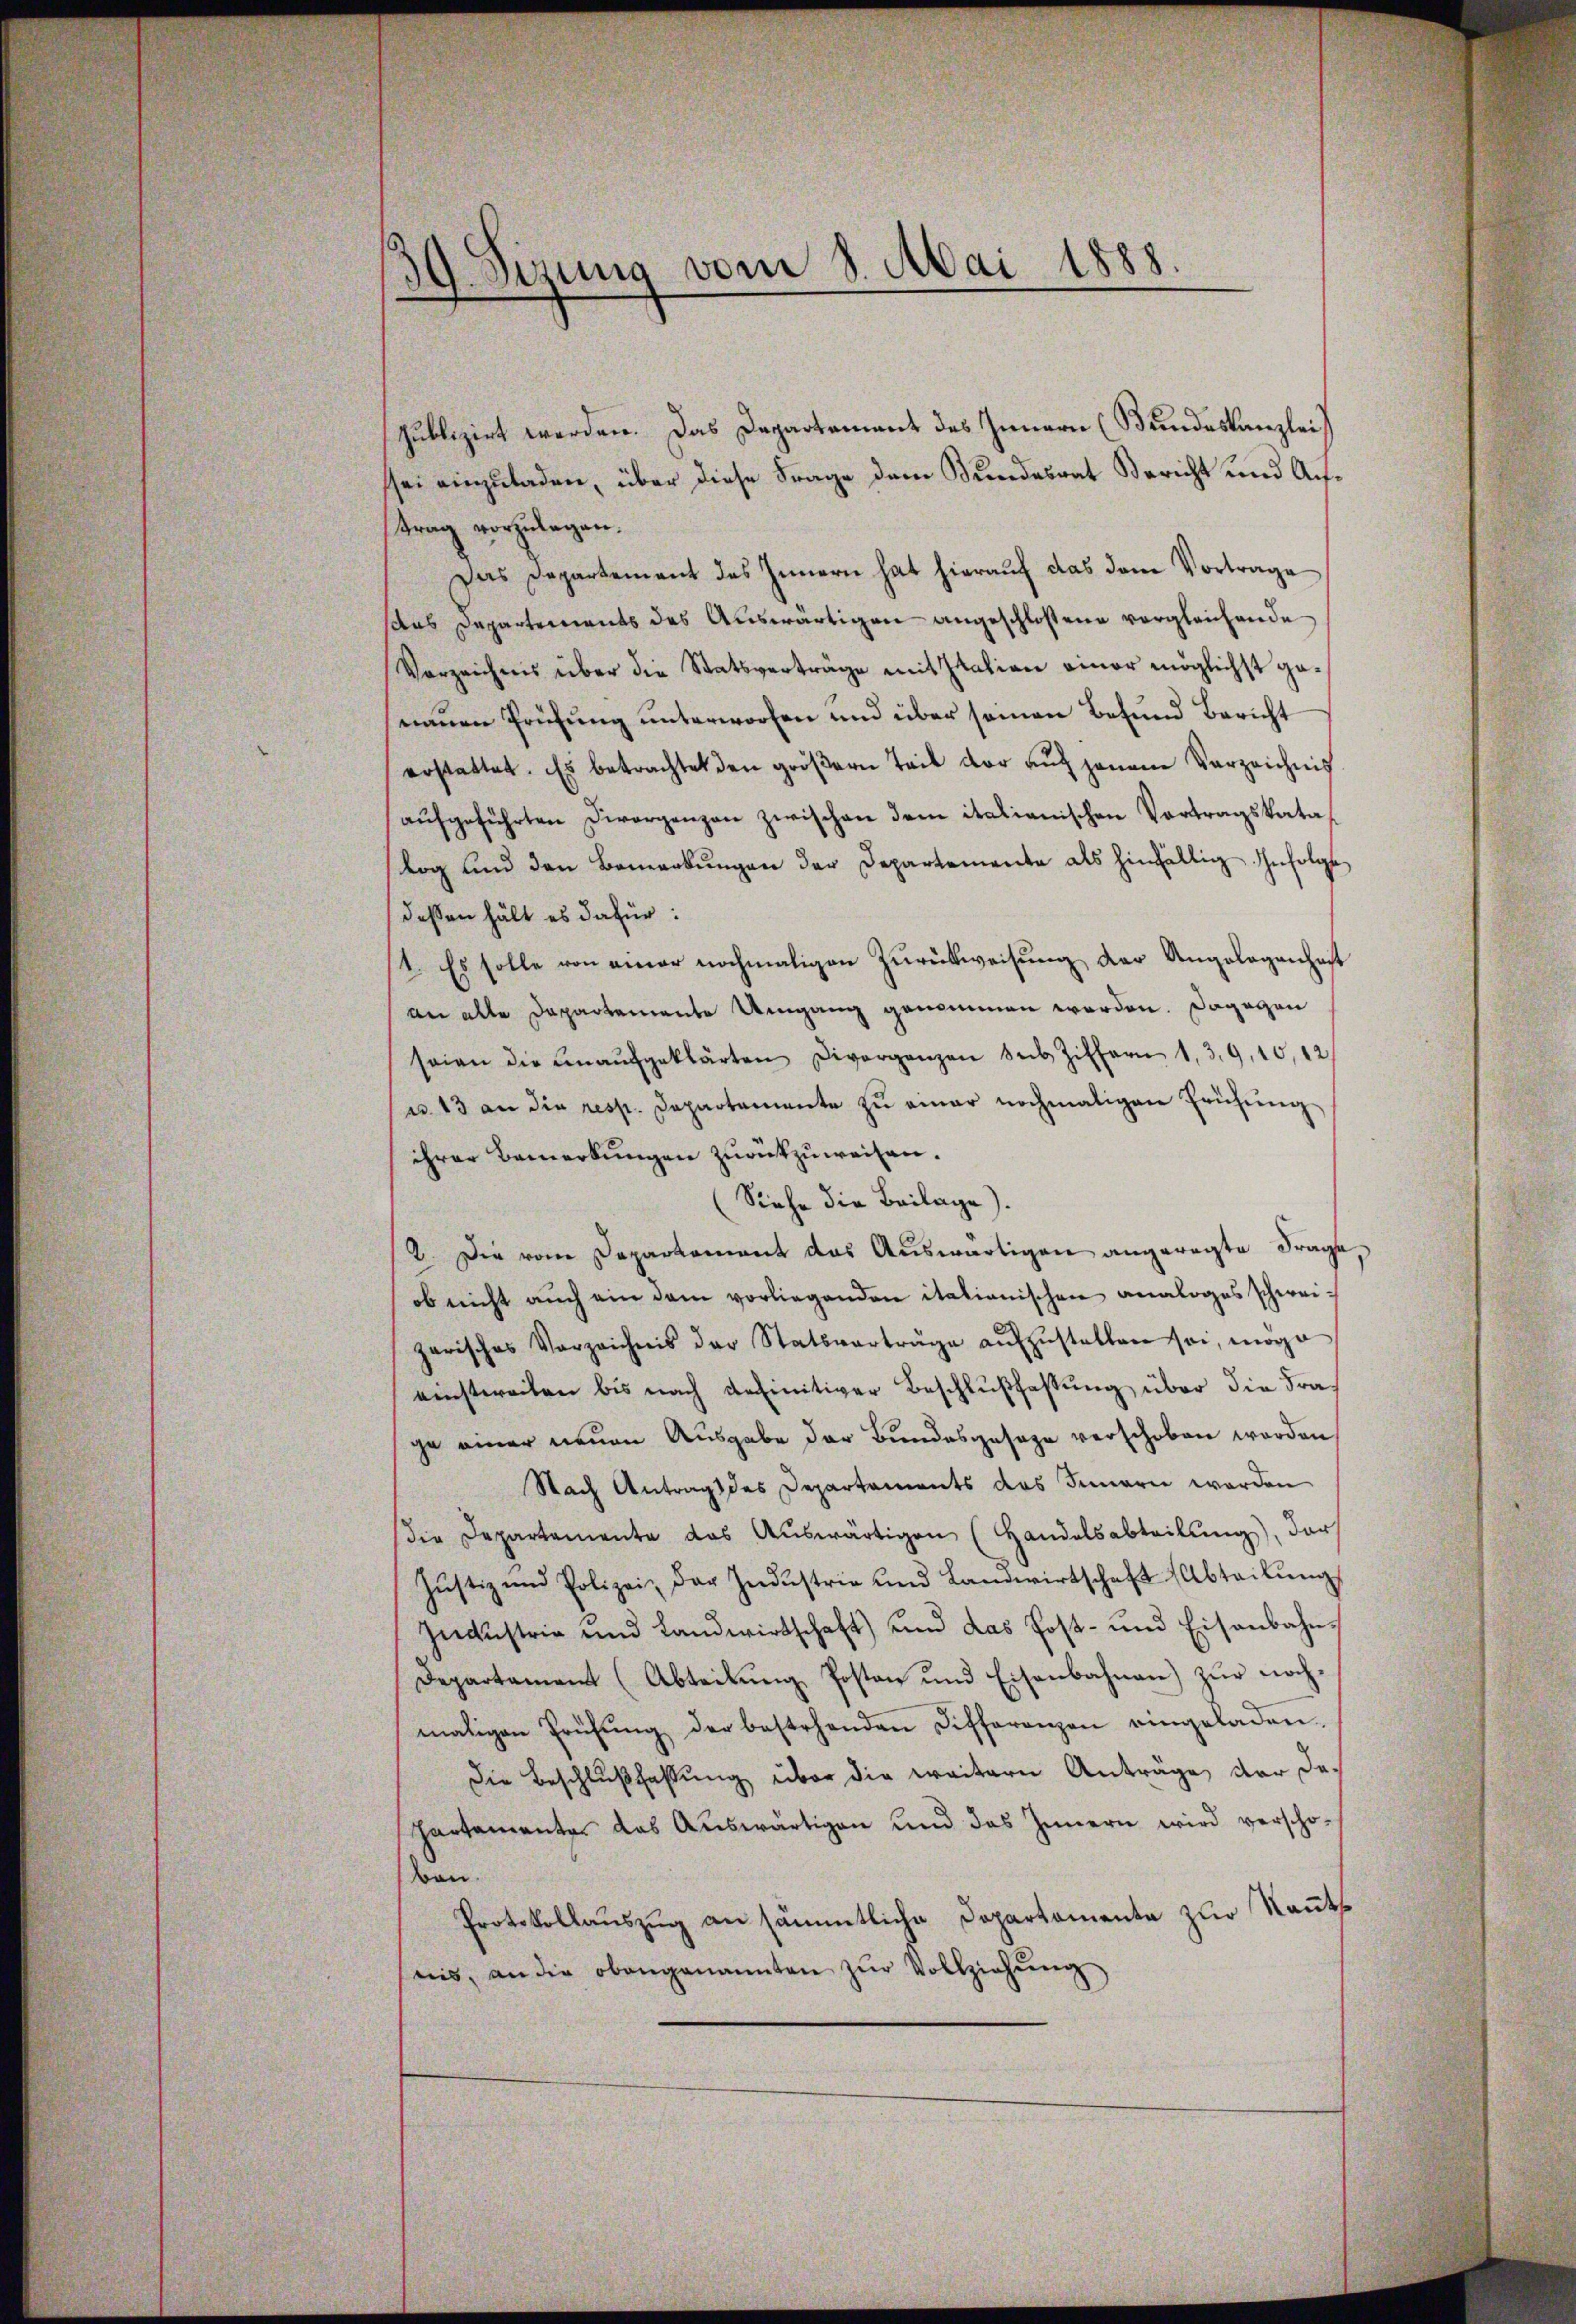
19. Sitzung vom 8. Mai 1888.
d

Publizirt werden. Das Departement des Innern (Bundeskanzlei,
sei einzuladen, über diese Frage dem Bundesrat Bericht und Auftrag vorzulegen.
Das Departement des Innern hat hierauf das dem Vortrage
das Departements des Auswärtigen angeschlossene vergleichende
Verzeichnis über die Statsverträge mit Italien einer möglichst geneuen Prüfung unterworfen und über seinen Besund Bericht
erstattet. Es betrachtet den gröβern Teil der auf jenem Verzeichnis
aufgeführten Divorgenzen zwischen dem italianischen Vortragskata
log und den Bemerkŭngen der Departemente als hinfältig Infolge
dessen hält es dafür:
1. Es solle von einer nochmaligen Zurückweisung der Angelegenhaft
an alle Departemente Umgang genommen worden. Dagegen
seien die ŭnaŭfgeklärten Diverganzen des Ziffern 139, 10,12
u. 13 an die resp. Departemente zu einer nochmaligen Frühung
ihrer Bemerkungen zurückzuweisen.
Siehe die Beilage).
2. Die vom Deparkoment das Auswärtigen angeregte Frage
ob nicht auch ein dem vorliegenden italienischen analoges schweigarisches Vorzeichnis der Statsverträge aŭfzŭstellen sei, möge
einstereiten bis nach definitiver Beschlußfassung über die Fraja einer neuen Ausgabe der Bundesgesage verschoben worden
Nach Antrags des Departaments das Innern werden
die Departemente das Auswärtigen (Handelsabteilung), der
Justiz und Polizei, der Industrie und Landwirtschaft (Abteilŭng
Industrie und Landwirtschaft) und das Post- und Eisenbahn-
Departament (Abteilŭng Posten und Eisenbahnen) zŭr noch-
maligen Prüfŭng der bestehenden Differenzen eingeladen.
Die Beschlußfassung über die weitern Anträge der Departamente das Auswärtigen und das Innern wird verschobon.
Protokollauszug an sämmtliche Departemente zur Kants
nis, an die obangenannten zŭr Vollziehŭng